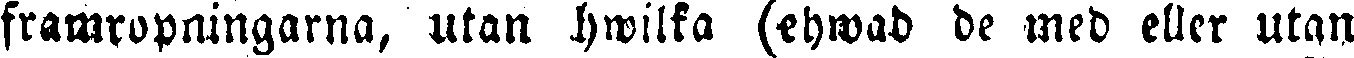
framropningarna, utan hwilka (ehwad de med eller utan